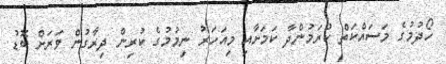
ހޯދުމުގެ މަސައްކަތް ކުރަމުންދާ ކަމަށާއި މިއަހަރު ނިމުމުގެ ކުރިން ދިރާގުން ވަރަށް ބޮޑު